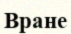
Вране